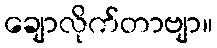
ချောလိုက်တာဗျာ။